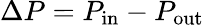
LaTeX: \Delta P=P_{\mathrm{in}}-P_{\mathrm{out}}